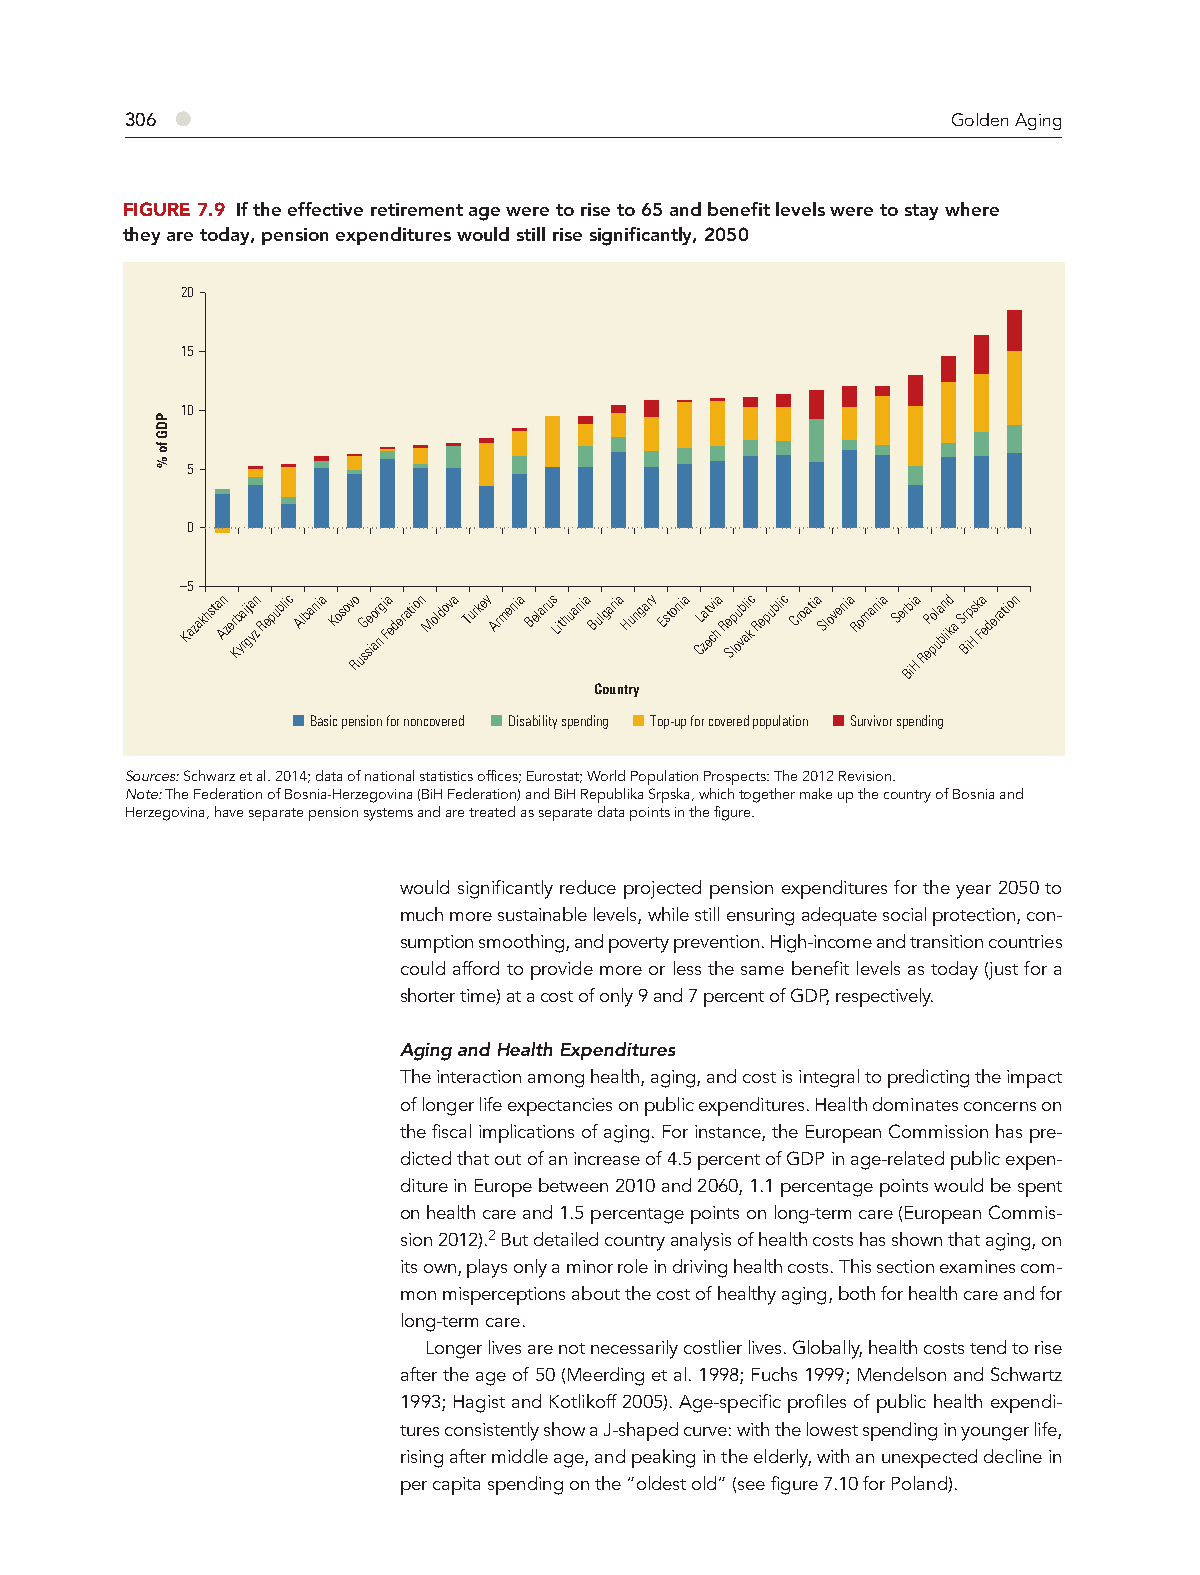
306 ●                                                  Golden Aging
 FIGURE 7.9 If the effective retirement age were to rise to 65 and benefit levels were to stay where
 they are today, pension expenditures would still rise significantly, 2050
 20
 15
 10
 5
 0
 –5
 Kazakhsta An zer Kb ya rij gya zn Republic Albania Kosovo RusG se io ar ng i Fa ederation Moldova Turkey Armenia Belarus Lithuania Bulgaria Hungary Estonia L Czat ev ci ha Re Slp ou vbl ai kc Republic Croatia Slovenia Romania Se r Bb ii Ha ReP pol ua bln id ka Sr Bip Hs k Fa ederation
 Country
 Basic pension for noncovered Disability spending Top-up for covered population Survivor spending
 Sources: Schwarz et al. 2014; data of national statistics offices; Eurostat; World Population Prospects: The 2012 Revision.
 Note: The Federation of Bosnia-Herzegovina (BiH Federation) and BiH Republika Srpska, which together make up the country of Bosnia and
 Herzegovina, have separate pension systems and are treated as separate data points in the figure.
 would significantly reduce projected pension expenditures for the year 2050 to
 much more sustainable levels, while still ensuring adequate social protection, con-
 sumption smoothing, and poverty prevention. High-income and transition countries
 could afford to provide more or less the same benefit levels as today (just for a
 shorter time) at a cost of only 9 and 7 percent of GDP, respectively.
 Aging and Health Expenditures
 The interaction among health, aging, and cost is integral to predicting the impact
 of longer life expectancies on public expenditures. Health dominates concerns on
 the fiscal implications of aging. For instance, the European Commission has pre-
 dicted that out of an increase of 4.5 percent of GDP in age-related public expen-
 diture in Europe between 2010 and 2060, 1.1 percentage points would be spent
 on health care and 1.5 percentage points on long-term care (European Commis-
 sion 2012).2 But detailed country analysis of health costs has shown that aging, on
 its own, plays only a minor role in driving health costs. This section examines com-
 mon misperceptions about the cost of healthy aging, both for health care and for
 long-term care.
 Longer lives are not necessarily costlier lives. Globally, health costs tend to rise
 after the age of 50 (Meerding et al. 1998; Fuchs 1999; Mendelson and Schwartz
 1993; Hagist and Kotlikoff 2005). Age-specific profiles of public health expendi-
 tures consistently show a J-shaped curve: with the lowest spending in younger life,
 rising after middle age, and peaking in the elderly, with an unexpected decline in
 per capita spending on the “oldest old” (see figure 7.10 for Poland).
 PDG
 fo
 %